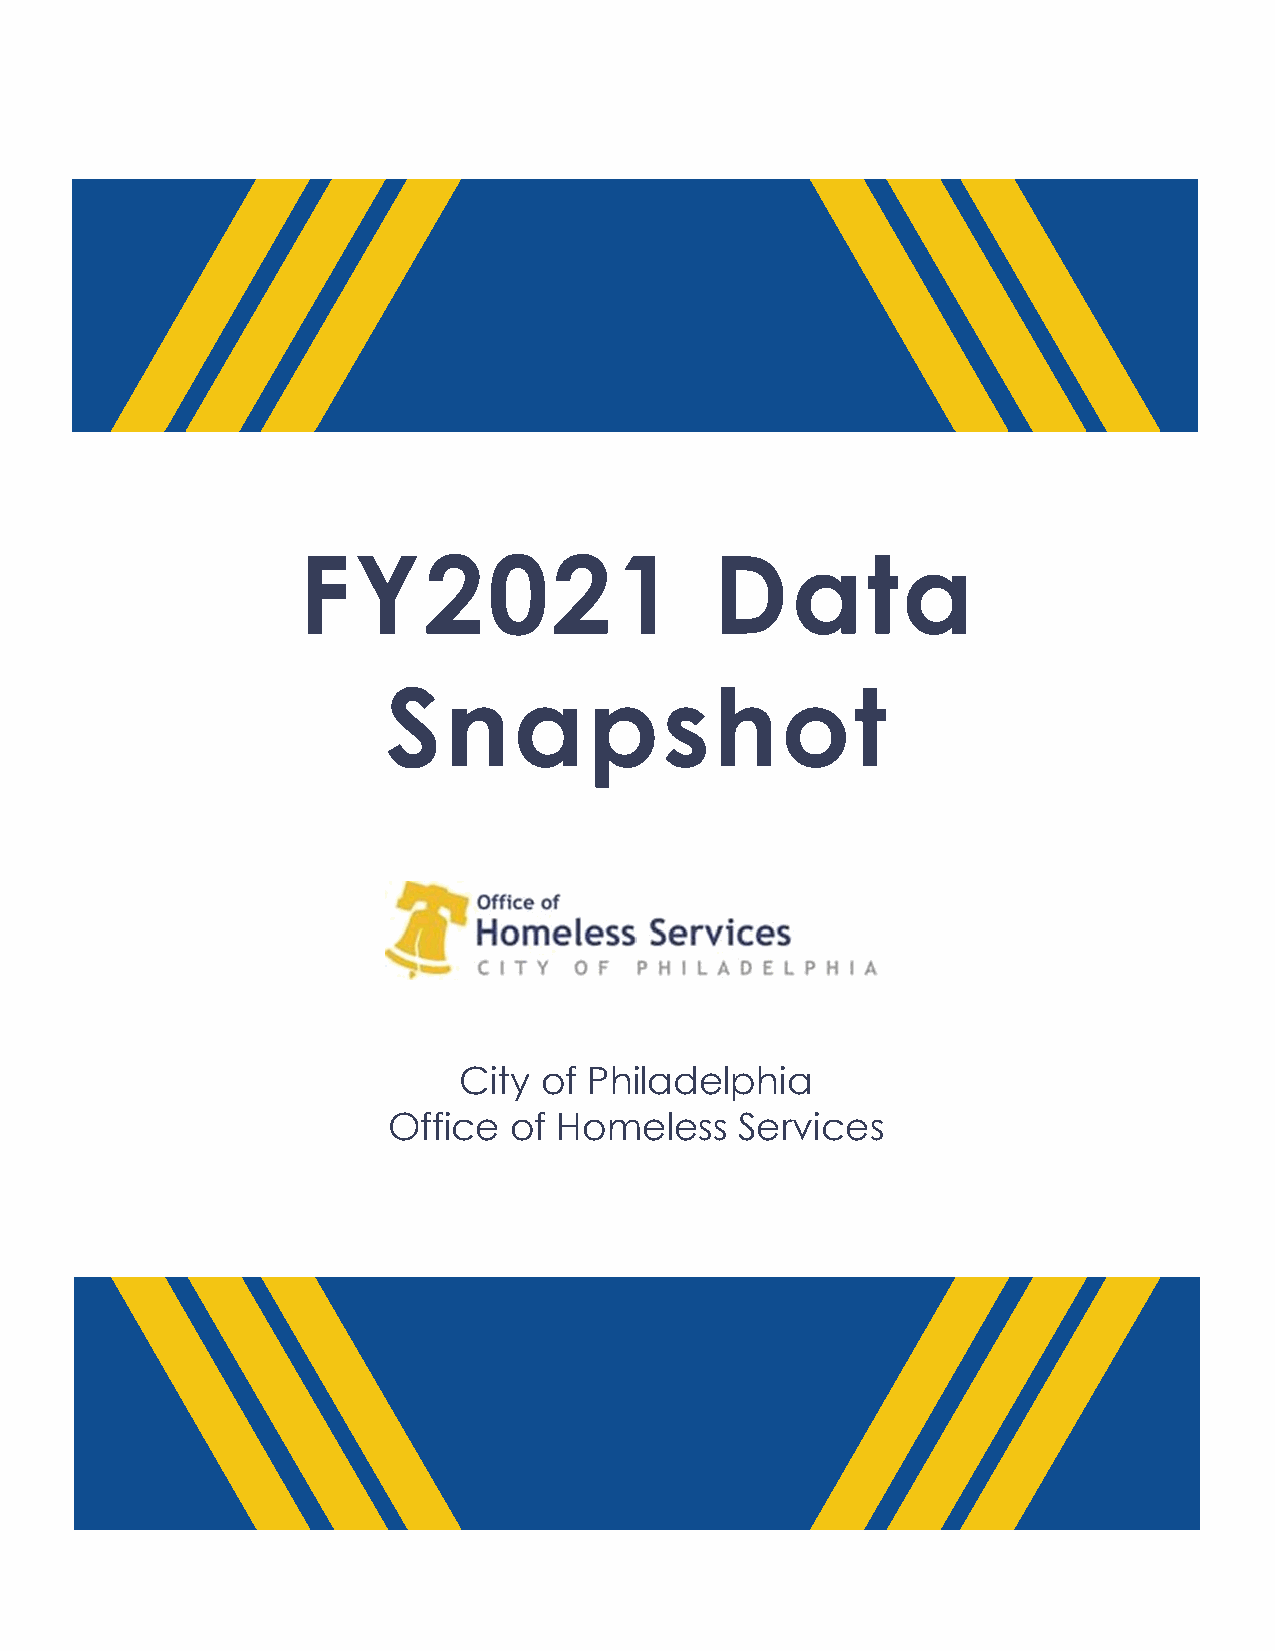
FY2021                     Data
 Snapshot
 City  of Philadelphia
 Office  of Homeless    Services